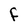
Character: f